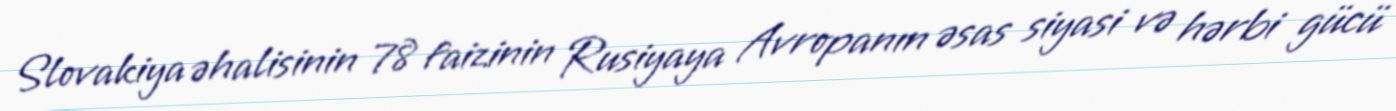
Slovakiya əhalisinin 78 faizinin Rusiyaya Avropanın əsas siyasi və hərbi gücü